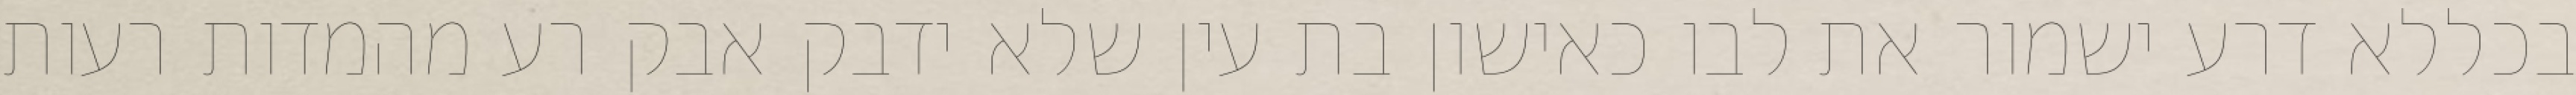
בכללא דרע ישמור את לבו כאישון בת עין שלא ידבק אבק רע מהמדות רעות